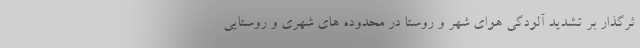
ثرگذار بر تشدید آلودگی هوای شهر و روستا در محدوده های شهری و روستایی